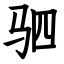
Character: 驷